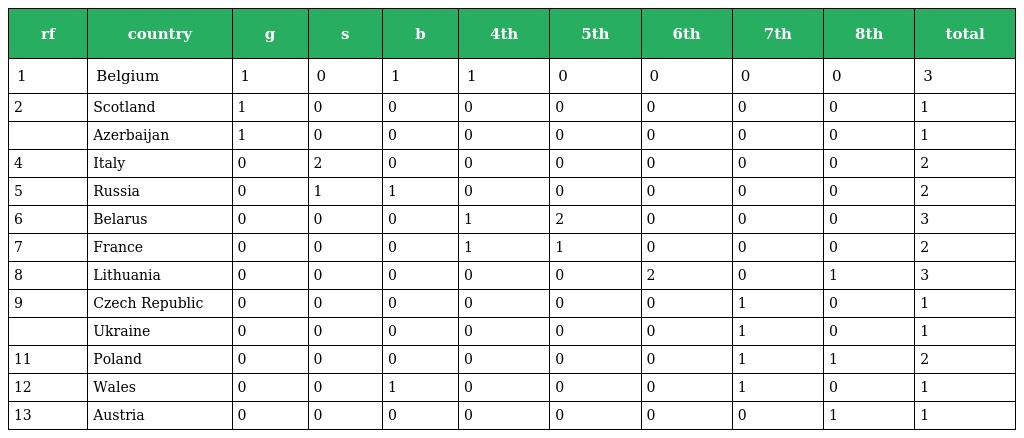
| rf | country | g | s | b | 4th | 5th | 6th | 7th | 8th | total |
 | --- | --- | --- | --- | --- | --- | --- | --- | --- | --- | --- |
 | 1 | Belgium | 1 | 0 | 1 | 1 | 0 | 0 | 0 | 0 | 3 |
 | 2 | Scotland | 1 | 0 | 0 | 0 | 0 | 0 | 0 | 0 | 1 |
 |  | Azerbaijan | 1 | 0 | 0 | 0 | 0 | 0 | 0 | 0 | 1 |
 | 4 | Italy | 0 | 2 | 0 | 0 | 0 | 0 | 0 | 0 | 2 |
 | 5 | Russia | 0 | 1 | 1 | 0 | 0 | 0 | 0 | 0 | 2 |
 | 6 | Belarus | 0 | 0 | 0 | 1 | 2 | 0 | 0 | 0 | 3 |
 | 7 | France | 0 | 0 | 0 | 1 | 1 | 0 | 0 | 0 | 2 |
 | 8 | Lithuania | 0 | 0 | 0 | 0 | 0 | 2 | 0 | 1 | 3 |
 | 9 | Czech Republic | 0 | 0 | 0 | 0 | 0 | 0 | 1 | 0 | 1 |
 |  | Ukraine | 0 | 0 | 0 | 0 | 0 | 0 | 1 | 0 | 1 |
 | 11 | Poland | 0 | 0 | 0 | 0 | 0 | 0 | 1 | 1 | 2 |
 | 12 | Wales | 0 | 0 | 1 | 0 | 0 | 0 | 1 | 0 | 1 |
 | 13 | Austria | 0 | 0 | 0 | 0 | 0 | 0 | 0 | 1 | 1 |